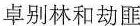
卓别林和劫匪